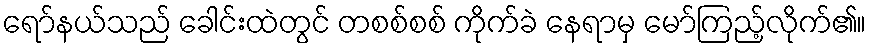
ရော်နယ်သည် ခေါင်းထဲတွင် တစစ်စစ် ကိုက်ခဲ နေရာမှ မော်ကြည့်လိုက်၏။